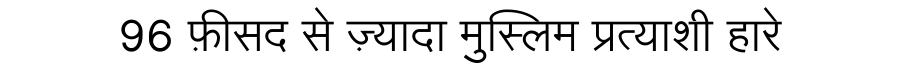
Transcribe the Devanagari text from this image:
96 फ़ीसद से ज़्यादा मुस्लिम प्रत्याशी हारे